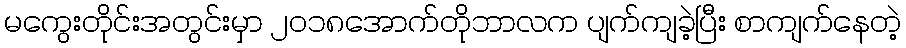
မကွေးတိုင်းအတွင်းမှာ ၂၀၁၈အောက်တိုဘာလက ပျက်ကျခဲ့ပြီး စာကျက်နေတဲ့